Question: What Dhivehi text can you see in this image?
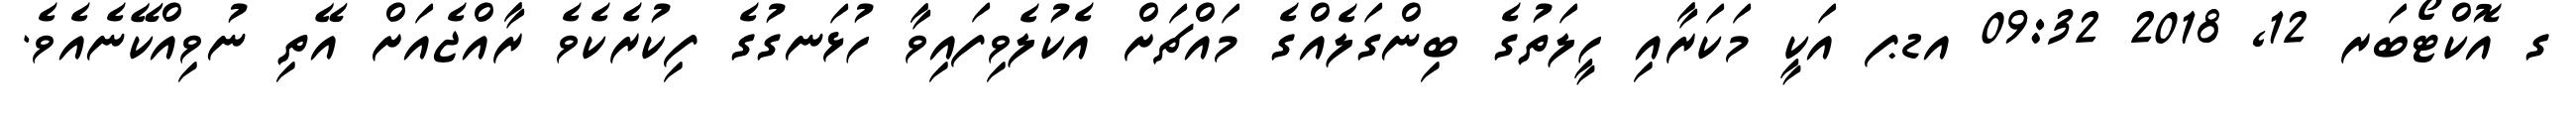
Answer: ގ އޮކްޓޯބަރ 12, 2018 09:32 އޑޕ އަކީ މަކަރާއި ހީލަތުގެ ބިންގަލެއްގެ މައްޗަށް އެކުލެވިފައިވާ ހުޅަނގުގެ ފިކުރެކެވެ ރާއްޖެއަށް އޭތި ނުވިއްކޭނެއެވެ.